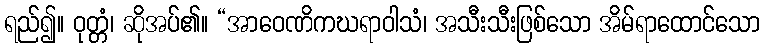
ရည်၍။ ဝုတ္တံ၊ ဆိုအပ်၏။ “အာဝေဏိကဃရာဝါသံ၊ အသီးသီးဖြစ်သော အိမ်ရာထောင်သော